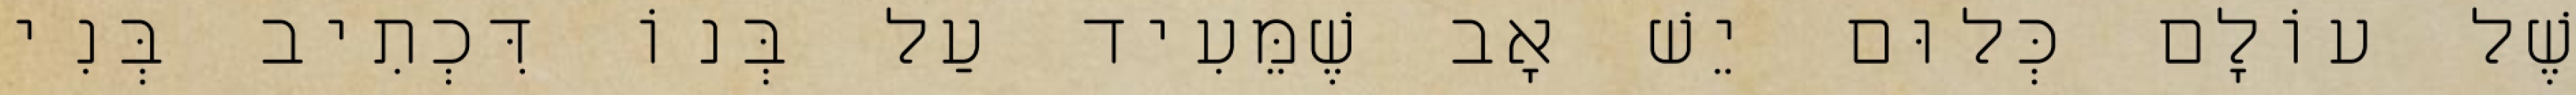
שֶׁל עוֹלָם כְּלוּם יֵשׁ אָב שֶׁמֵּעִיד עַל בְּנוֹ דִּכְתִיב בְּנִי